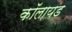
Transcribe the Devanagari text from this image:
कॉलायड